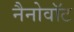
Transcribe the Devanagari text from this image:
नैनोवॉट